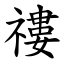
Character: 䄛